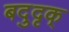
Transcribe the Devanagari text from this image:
बदुदृक्